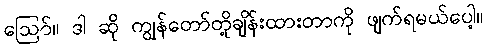
ဪ။ ဒါ ဆို ကျွန်တော်တို့ချိန်းထားတာကို ဖျက်ရမယ်ပေါ့။